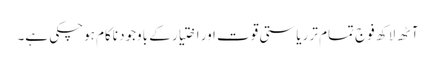
آٹھ لاکھ فوج تمام تر ریاستی قوت اور اختیار کے باوجود ناکام ہوچکی ہے۔